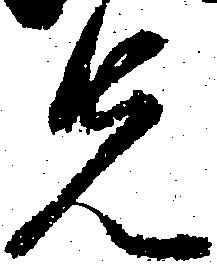
先